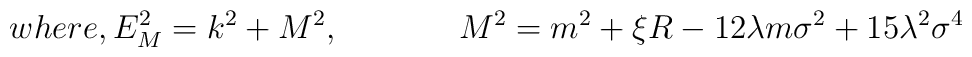
where,E_M^2=k^2+M^2,\hspace{1.5cm}M^2=m^2+\xi R-12\lambda m\sigma^2+15\lambda ^2\sigma ^4